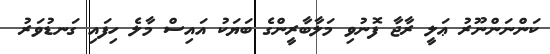
ކަންނަންނޫރު ޢަލީ ރާޖާ ފޮނުވި މަލާބާރީންގެ ބަޔަކު އައިސް މާލެ ހިފައި ގަނޑުވަރު